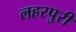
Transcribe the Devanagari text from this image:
लहरपुरी